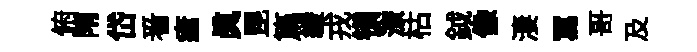
俯陏岱㸔瘡眞毘篇緩戎镇潦枯鉞像淒冩哥及